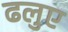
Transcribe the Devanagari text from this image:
ढलुए